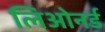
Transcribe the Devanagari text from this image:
लिओनर्ड